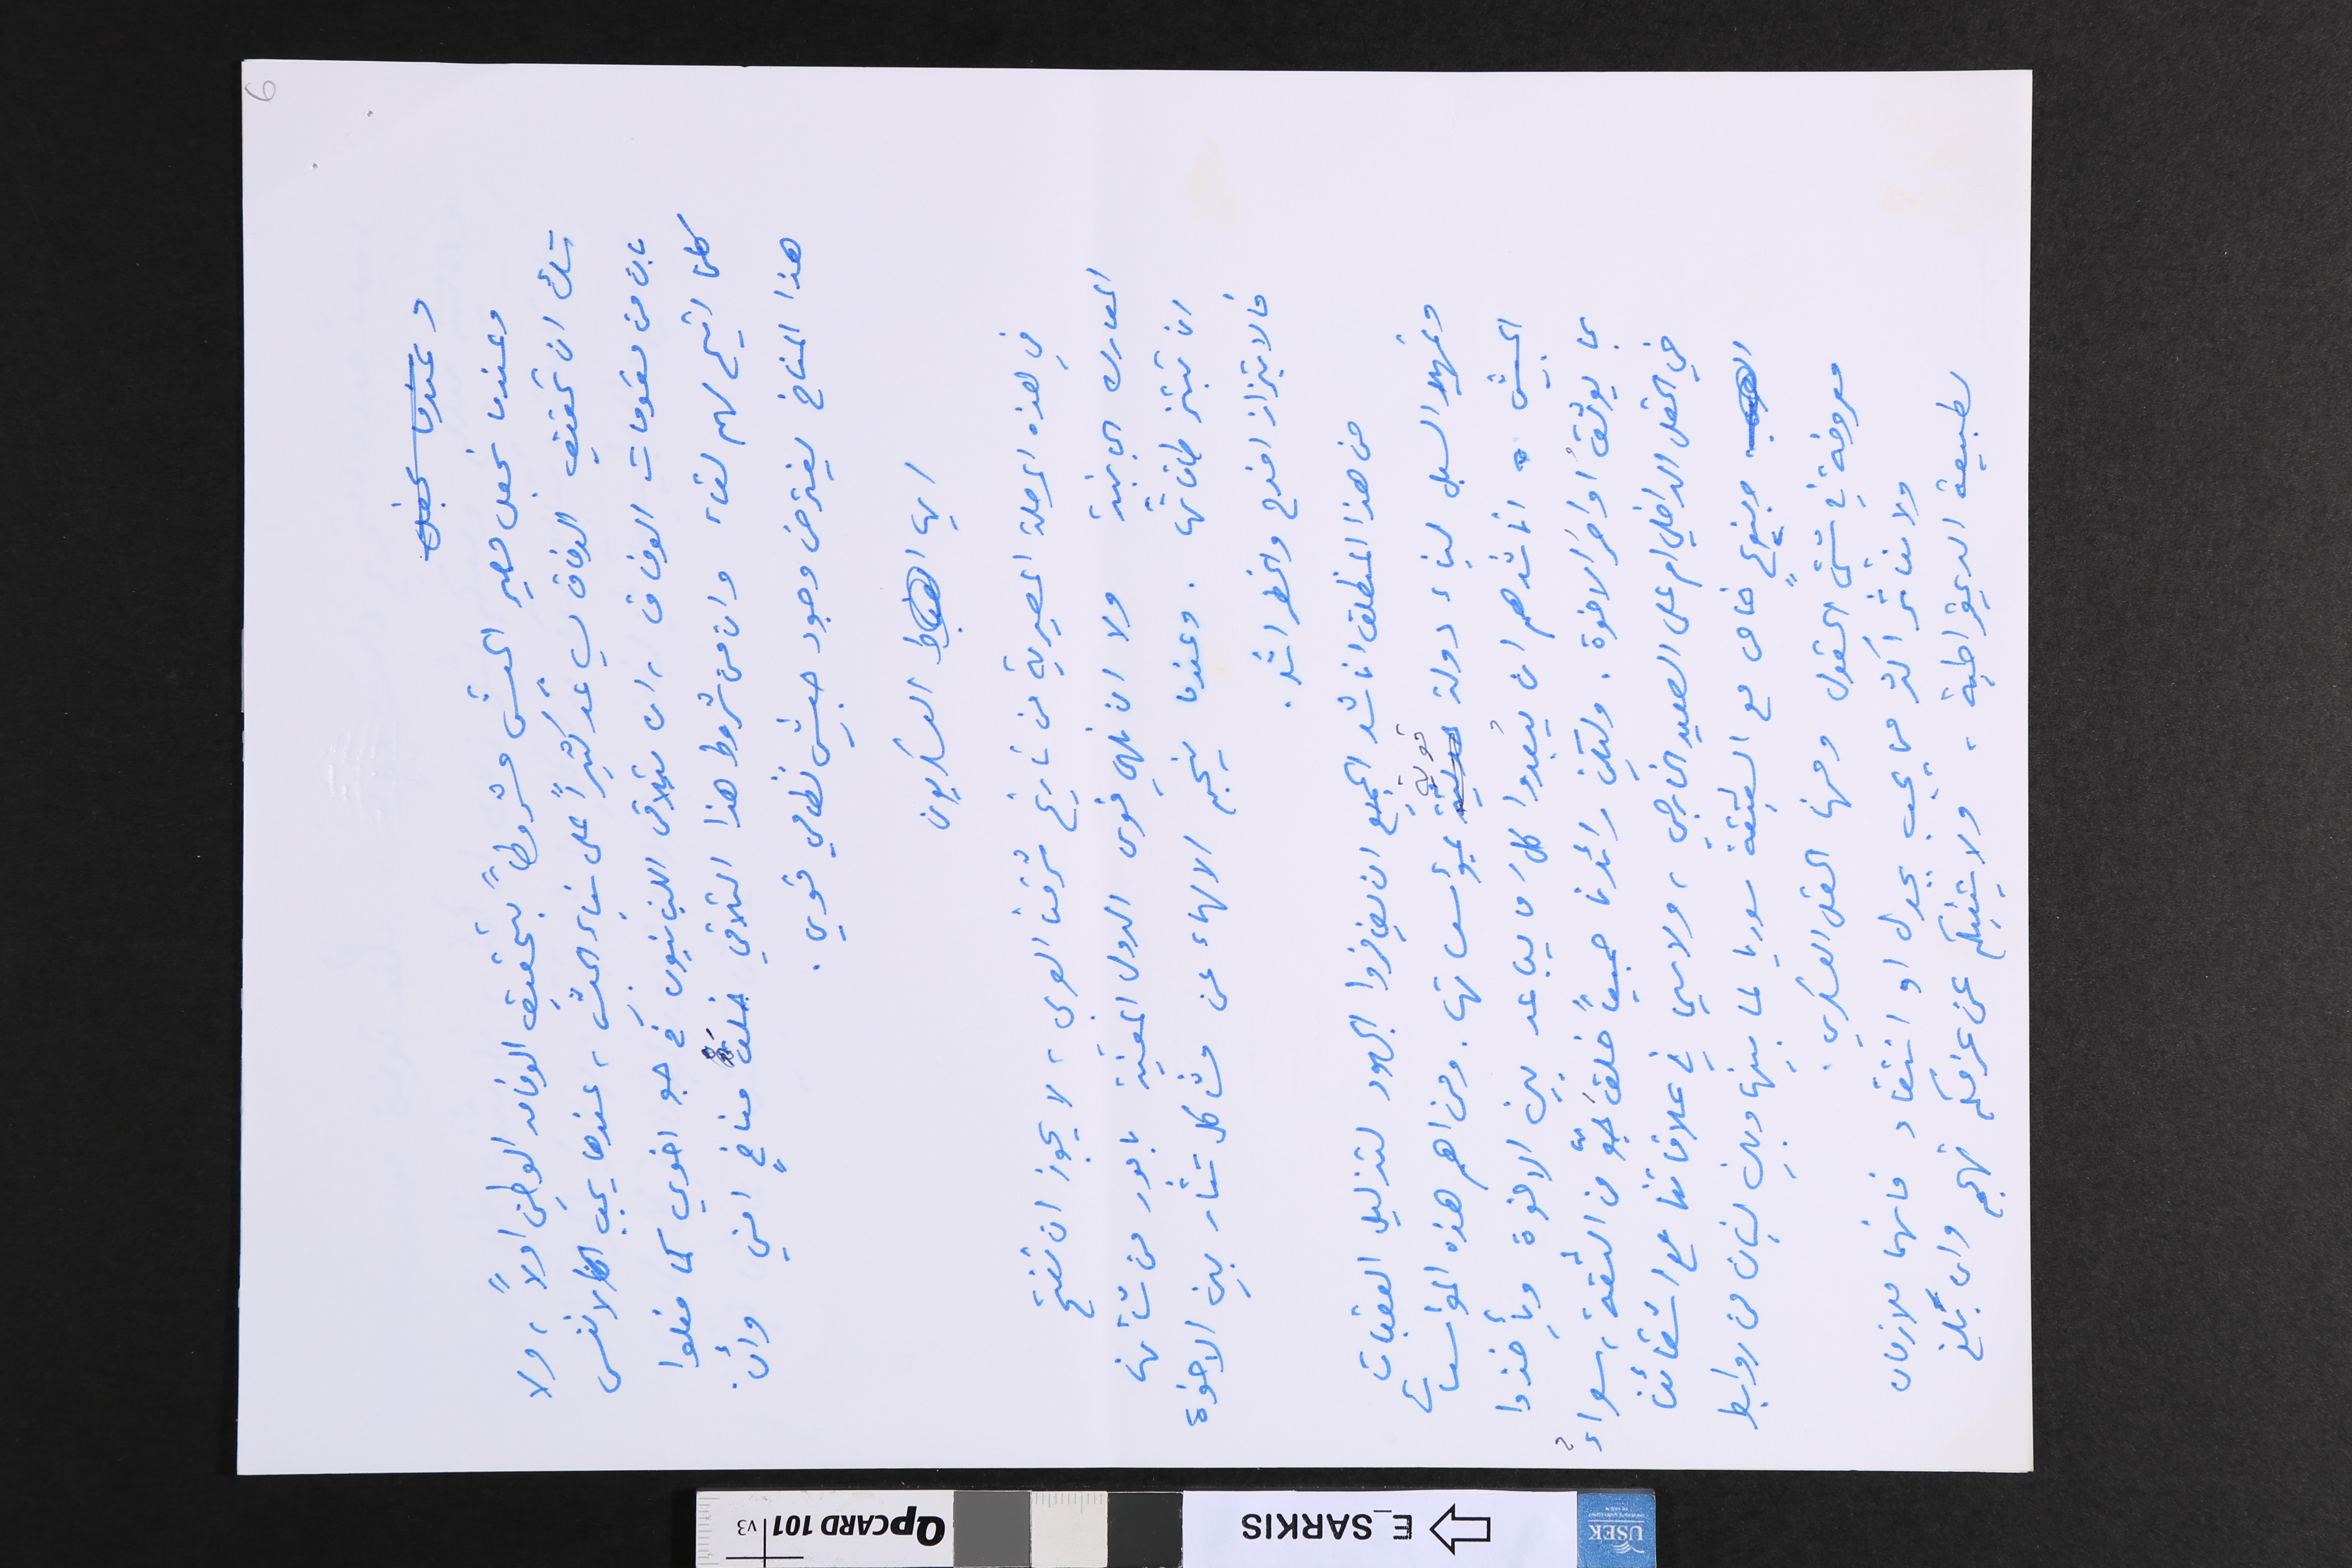
6
وعندما نجعل مصير الجيش مشروطاً بتحقيق الوفاق الوطني اولاً؛ ولا
شك ان تحقيق الوفاق يساعد كثيراً على بناء الجيش، عندها يجب ان لا ننسى
بان من مقومات الوفاق، ان يتلاقى اللبنانيون في جو اخوي كما فعلوا
كلما اتيح لهم لقاء وان من شروط هذا التلاقي خلقَ مناخٍ امني وأن
هذا المناخ يفترض وجود جيش نظامي قوي.
ايها العسكريون
في هذه المرحلة المصيرية من تاريخ شرقنا العربي، لا يجوز ان تفتح
المعارك الجانبية ولا ان نلهي قوى الدول المعنية بامور من شأنها
ان تبتز طاقاتها. وعندما ينجم الالهاء عن مشاكل تثار بين الاخوة
فالابتزاز افدح والخطر اشد.
من هذا المنطلق اناشد الجميع  ان يضافروا الجهود لتذليل العقبات
وتمهيد السبل لبناء دولة قوية بمؤسساتها. ومن اهم هذه المؤسسات
الجيش اناشدهم ان يُبعدوا كل َ من يُباعد بين الاخوة ويأخذوا
بما يوثقُ اواصرَ الاخوة. وليكن رائدنا جميعاً خلقَ جوّ من الثقة، سواءٌ
في الحقل الداخلي ام على الصعيد الخارجي، ولا سيما في علاقاتنا مع اشقائنا
وبنوعٍ خاص مع الشقيقة سوريا لما بينِها وبين لبنان من روابط
معروفة في شتى الحقول ومنها الحقل العسكري.
ولا نتاثر اكثر مما يجب بجدل او انتقاد فانهما ملازمان
لطبيعة الديمقراطية، ولا يثنيكم عن عزمكم تهجم وان بَلغ